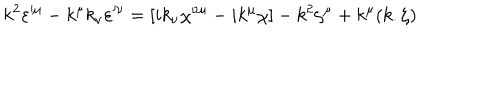
k ^ { 2 } \varepsilon ^ { \mu } - k ^ { \mu } k _ { \nu } \varepsilon ^ { \nu } = [ i k _ { \nu } \chi ^ { \nu \mu } - i k ^ { \mu } \chi ] - k ^ { 2 } \zeta ^ { \mu } + k ^ { \mu } ( k . \zeta )